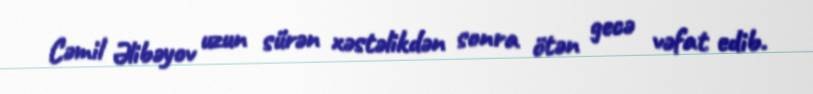
Cəmil Əlibəyov uzun sürən xəstəlikdən sonra ötən gecə vəfat edib.